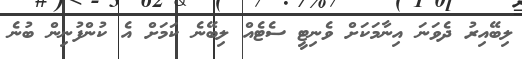
ލިބޭއިރު ދެވަނަ އިނާމަކަށް ވެނިޓީ ސެޓެއް ލިބޭނެ ކަަމަށް އެ ކުންފުނިން ބުނެ